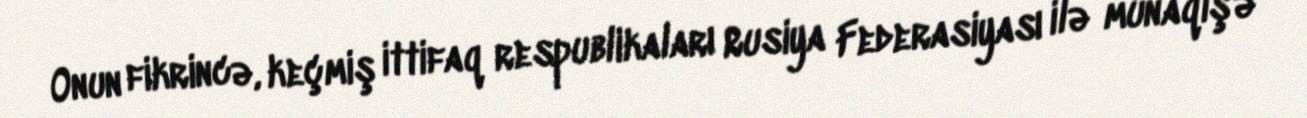
Onun fikrincə, keçmiş ittifaq respublikaları Rusiya Federasiyası ilə münaqişə